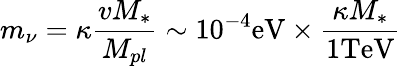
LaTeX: m_{\nu}=\kappa\frac{vM_{*}}{M_{pl}}\sim 10^{-4}\mathrm{eV}\times\frac{\kappa M_{*}}{1\mathrm{TeV}}